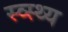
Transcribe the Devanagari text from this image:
स्व्स्थ्य